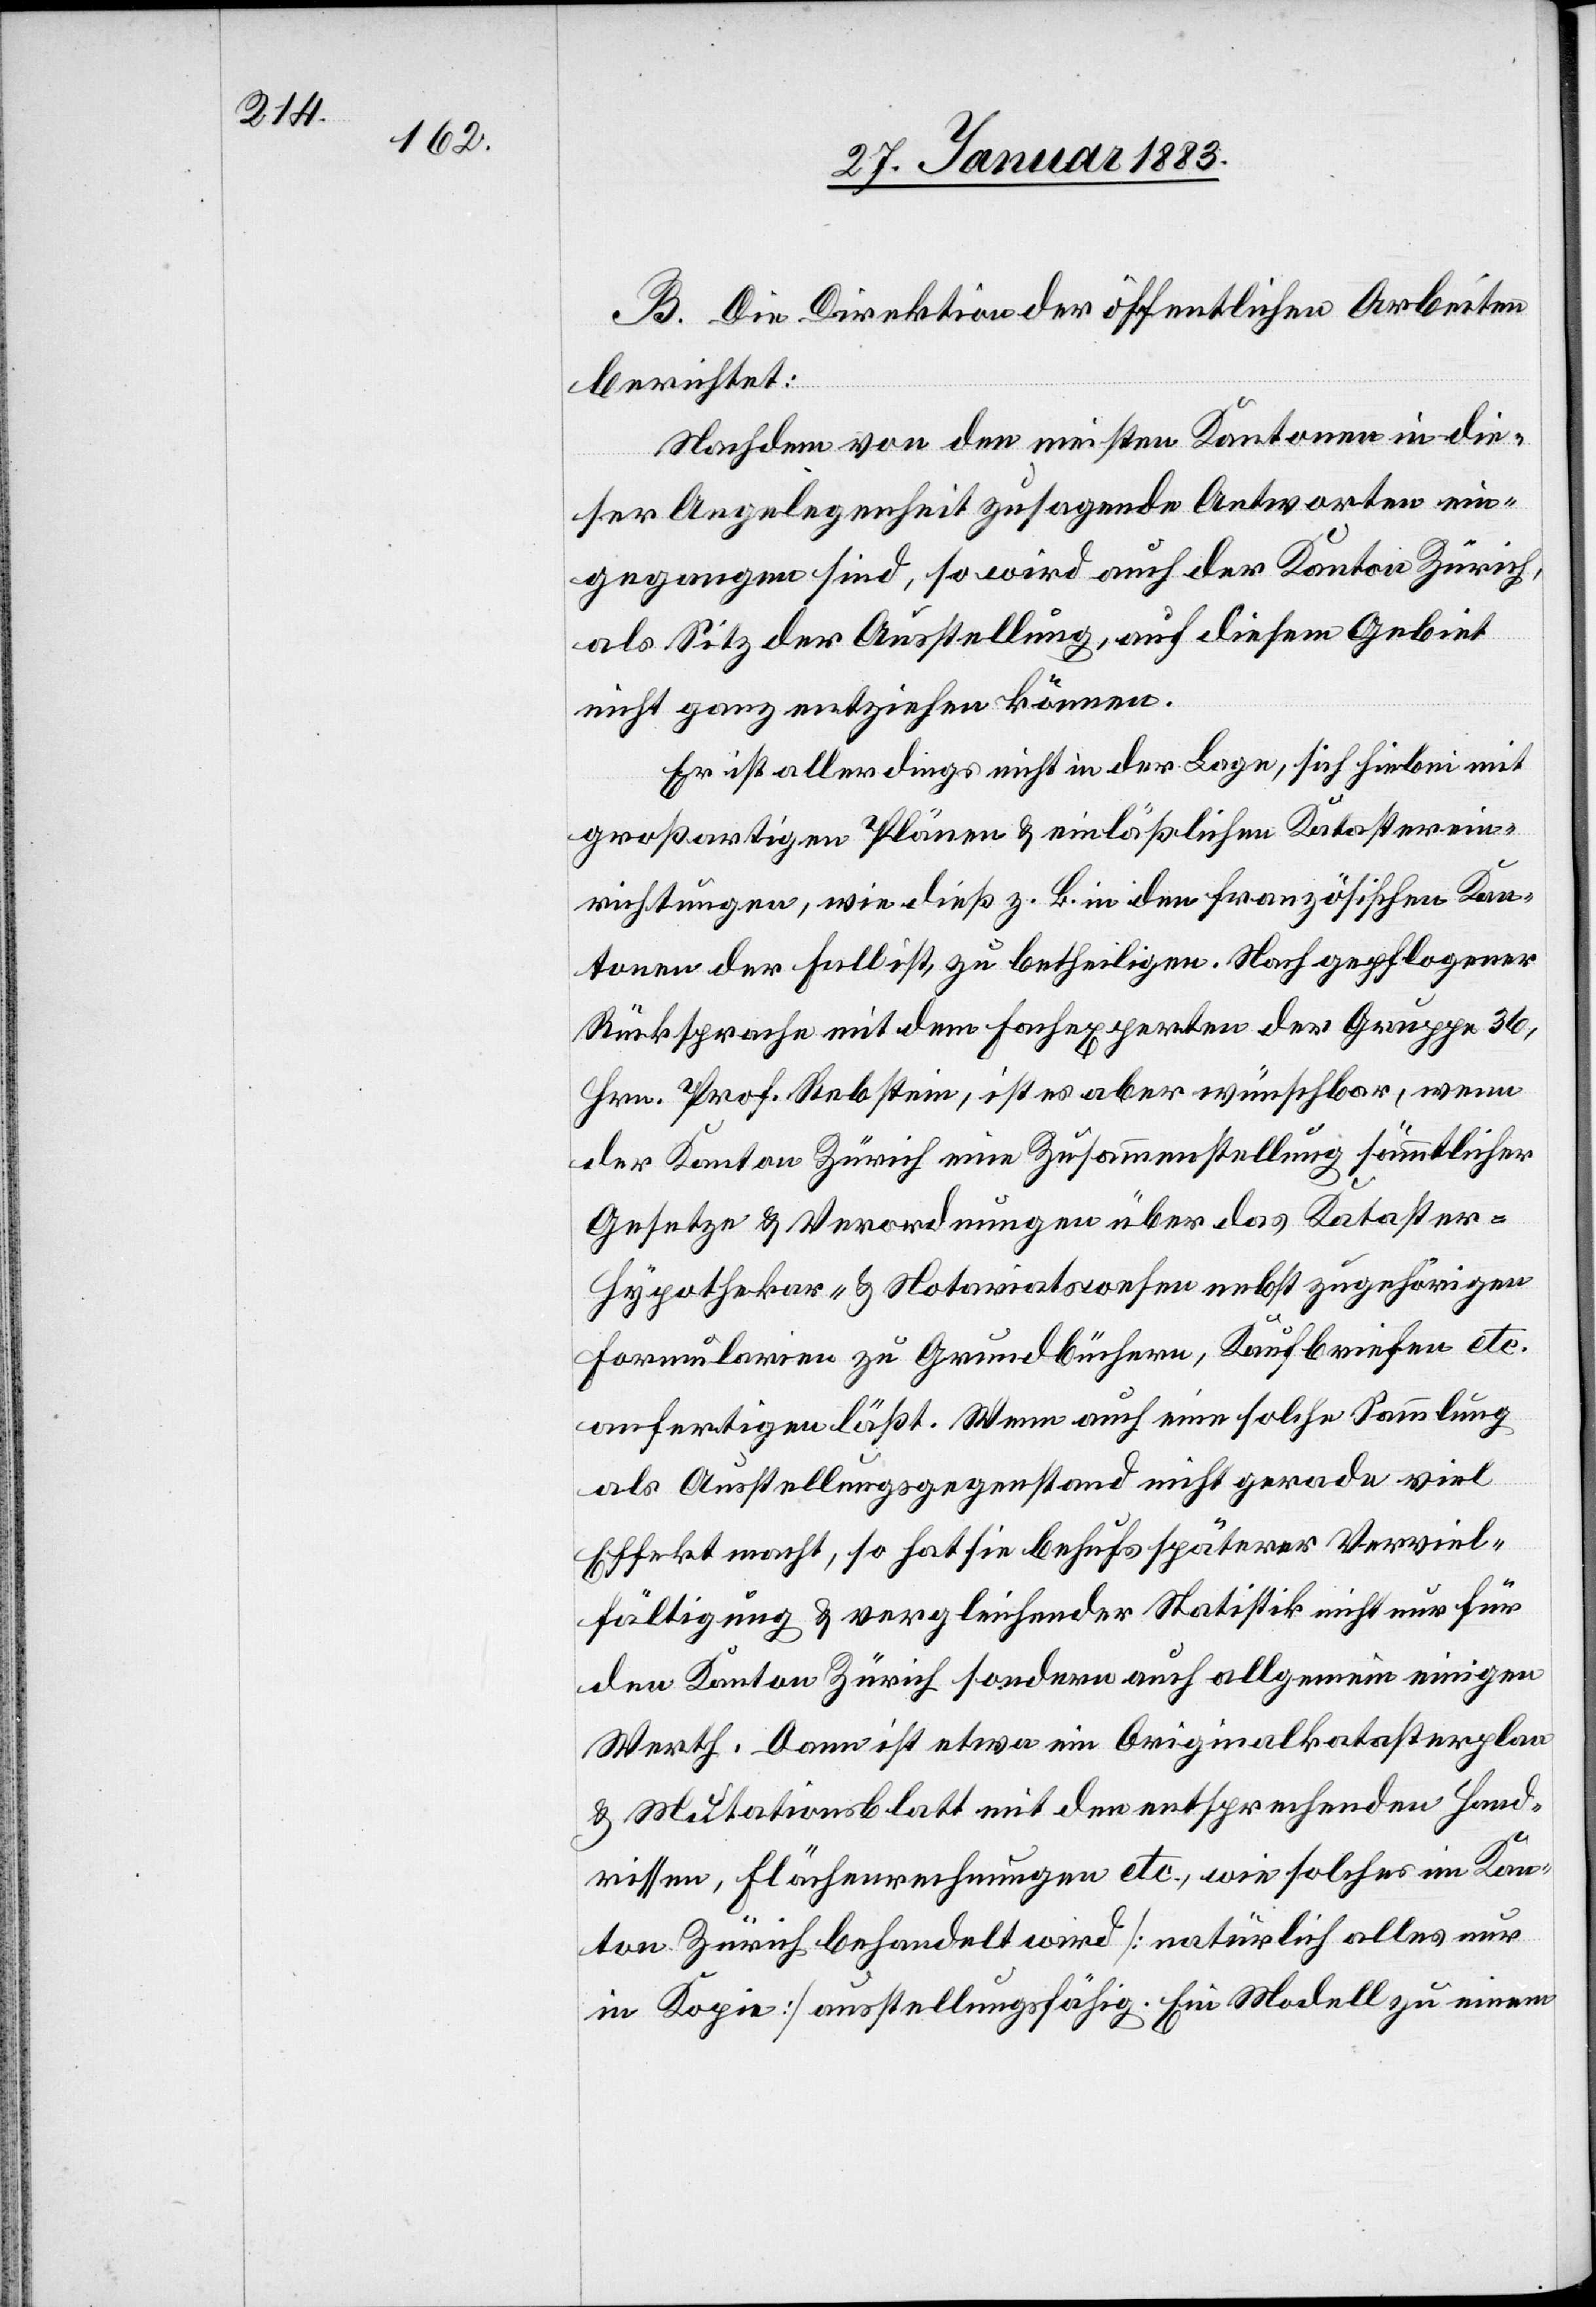
B. Die Direktion der öffentlichen Arbeiten
berichtet:
Nachdem von den meisten Kantonen in die¬
ser Angelegenheit zusagende Antworten ein¬
gegangen sind, so wird auch der Kanton Zürich,
als Sitz der Ausstellung, auf diesem Gebiet
nicht ganz entziehen können.
Er ist allerdings nicht in der Lage, sich hiebei mit
großartigen Plänen & einläßlichen Katasterein¬
richtungen, wie dieß z. B. in den französischen Kan¬
tonen der Fall ist, zu betheiligen. Nach gepflogener
Rücksprache mit dem Fachexperten der Gruppe 36,
Hrn. Prof. Rebstein, ist es aber wünschbar, wenn
der Kanton Zürich eine Zusammenstellung sämmtlicher
Gesetze & Verordnungen über das Kataster-
Hypothekar- & Notariatswesen nebst zugehörigen
Formularien zu Grundbüchern, Kaufbriefen etc.
anfertigen läßt. Wenn auch eine solche Sammlung
als Ausstellungsgegenstand nicht gerade viel
Effekt macht, so hat sie behufs späterer Verviel¬
fältigung & vergleichender Statistik nicht nur für
den Kanton Zürich sondern auch allgemein einigen
Werth. Dann ist etwa ein Originalkatasterplan
& Mutationsblatt mit den entsprechenden Hand¬
rissen, Flächenrechnungen etc., wie solches im Kan¬
ton Zürich behandelt wird [natürlich alles nur
in Kopie] ausstellungsfähig. Ein Modell zu einem